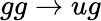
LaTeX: gg\rightarrow ug